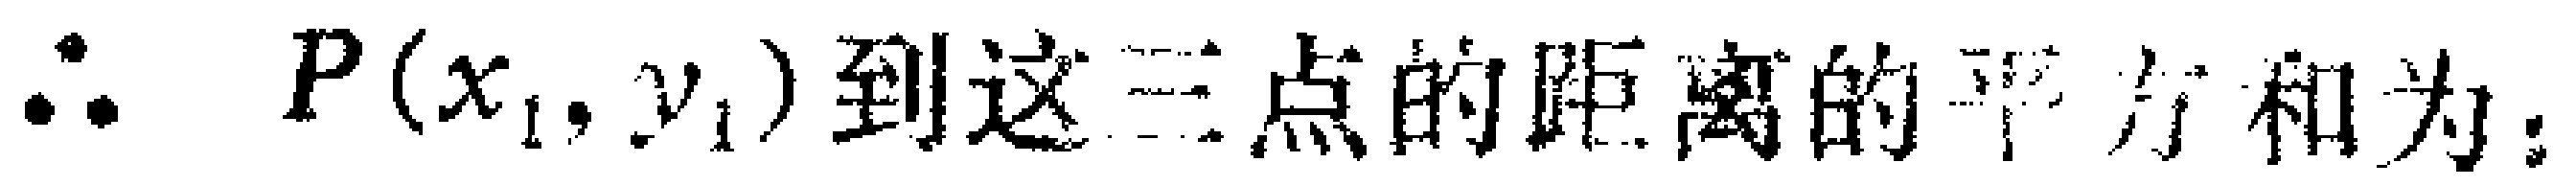
$\therefore\ P(x_{1},y_{1})到这三点的距离的平方和为：$